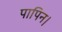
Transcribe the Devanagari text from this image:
पापिन।